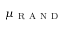
\mu _ { \mathrm { ~ R ~ A ~ N ~ D ~ } }